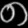
Digit: ၈